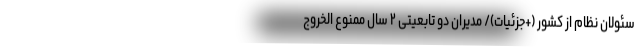
سئولان نظام از کشور (+جزئیات)/ مدیران دو تابعیتی ۲ سال ممنوع الخروج